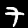
Digit: 7